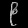
Digit: ၉